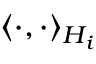
\langle \cdot , \cdot \rangle _ { H _ { i } }